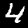
Label: 4